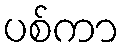
ပစ်ကာ